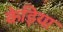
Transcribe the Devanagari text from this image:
केड़िया